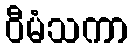
ဝီမံသကာ